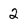
Character: 2